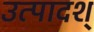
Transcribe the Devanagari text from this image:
उत्पादश्